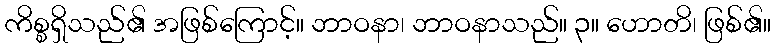
ကိစ္စရှိသည်၏ အဖြစ်ကြောင့်။ ဘာဝနာ၊ ဘာဝနာသည်။ ၃။ ဟောတိ၊ ဖြစ်၏။